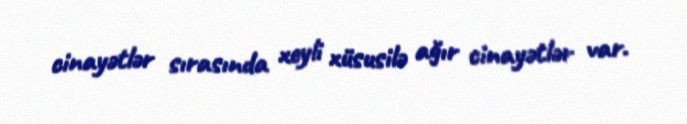
cinayətlər sırasında xeyli xüsusilə ağır cinayətlər var.